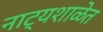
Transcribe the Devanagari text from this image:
नाट्यशाळेत